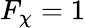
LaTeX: F_{\chi}=1